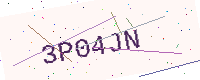
Text: 3P04JN